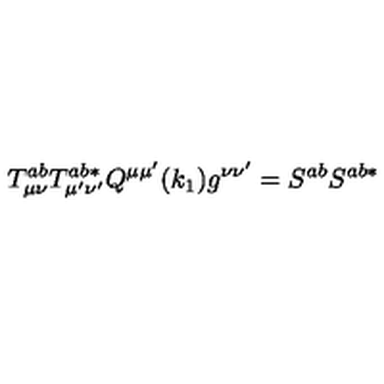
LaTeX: T _ { \mu \nu } ^ { a b } T _ { \mu ^ { \prime } \nu ^ { \prime } } ^ { a b * } Q ^ { \mu \mu ^ { \prime } } ( k _ { 1 } ) g ^ { \nu \nu ^ { \prime } } = S ^ { a b } S ^ { a b * }